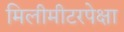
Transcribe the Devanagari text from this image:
मिलीमीटरपेक्षा